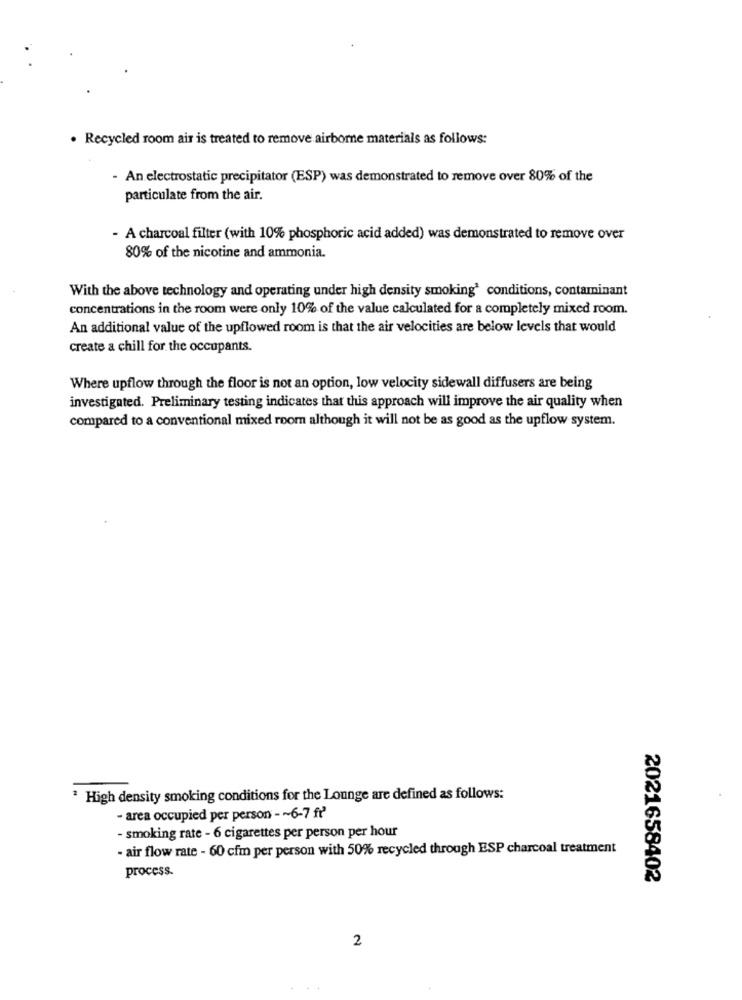
. Recycled room air is treated to remove airborne materials as follows:
- An electrostatic precipitator (ESP) was demonstrated to remove over 80% of the
particulate from the air.
- A charcoal filter (with 10% phosphoric acid added) was demonstrated to remove over
80% of the nicotine and ammonia.
With the above technology and operating under high density smoking' conditions, contaminant
concentrations in the room were only 10% of the value calculated for a completely mixed room.
An additional value of the upflowed room is that the air velocities are below levels that would
Create a chill for the occupants.
Where upflow through the floor is not an option, low velocity sidewall diffusers are being
investigated. Preliminary testing indicates that this approach will improve the air quality when
compared to a conventional mixed room although it will not be as good as the upflow system.
High density smoking conditions for the Lounge are defined as follows:
- area occupied per person - ~ 6-7 fť'
- smoking rate - 6 cigarettes per person per hour
- air flow rate - 60 cfm per person with 50% recycled through ESP charcoal treatment
process.
2021658402
2